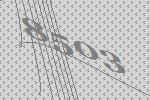
8503